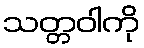
သတ္တဝါကို